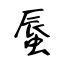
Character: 蜃